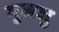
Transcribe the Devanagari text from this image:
गुजजु